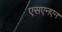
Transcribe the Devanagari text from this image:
एसएनएन